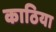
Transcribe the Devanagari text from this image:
काठिया